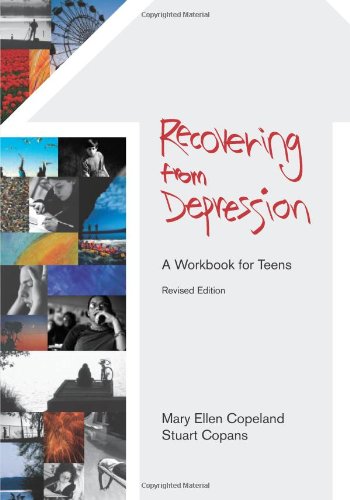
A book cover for Recovering from Depression: A Workbook for Teens, Revised Edition; Mary Copeland "M.A.  M.S."; Teen & Young Adult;